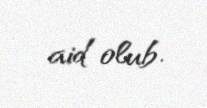
aid olub.